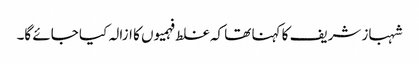
شہباز شریف کا کہنا تھا کہ غلط فہمیوں کا ازالہ کیا جائے گا۔